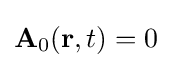
\mathbf {A} _{0}(\mathbf {r} ,t)=0